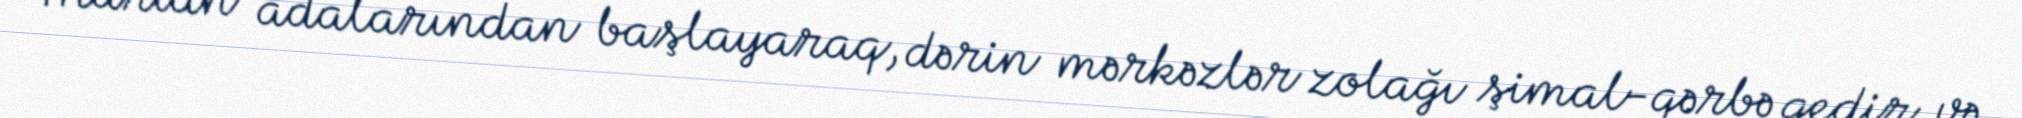
Marian adalarından başlayaraq, dərin mərkəzlər zolağı şimal-qərbə gedir və